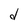
Character: d